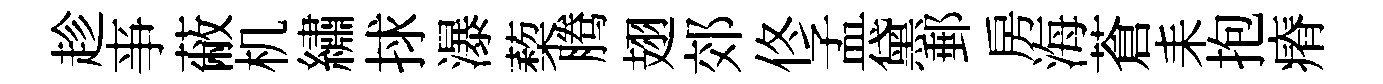
趁亊蔽机繡捄瀑蔾腾翅郊佟孟黛郵房海蒼耒抱瘠